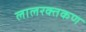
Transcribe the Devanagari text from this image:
लालरक्तकण